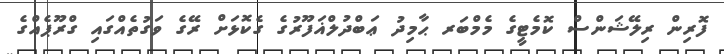
ފޮރިން ރިލޭޝަންސް ކޮމެޓީގެ މެމްބަރ ޙާމިދު ޢަބްދުލްޣަފޫރުގެ ގެކޮޅަށް ރޭގެ ވަގުތެއްގައި ގްރޫޕެއްގެ